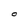
Character: O